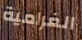
الغرامية